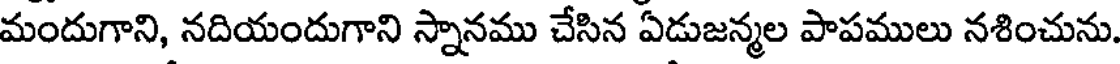
మందుగాని, నదియందుగాని స్నానము చేసిన ఏడుజన్మల పాపములు నశించును.